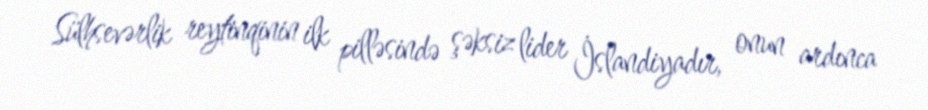
Sülhsevərlik reytinqinin ilk pilləsində şəksiz lider İslandiyadır, onun ardınca